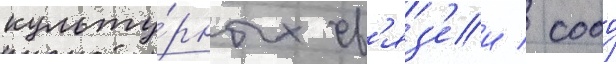
культу́рных св'яз'еи / сооо